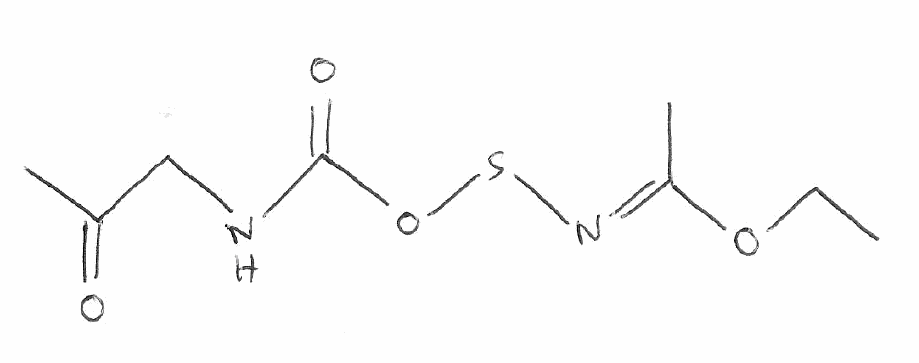
Simplified molecular-input line-entry system (SMILES) notation of the given molecule:
CCO/C(=N/SOC(=O)NCC(=O)C)/C